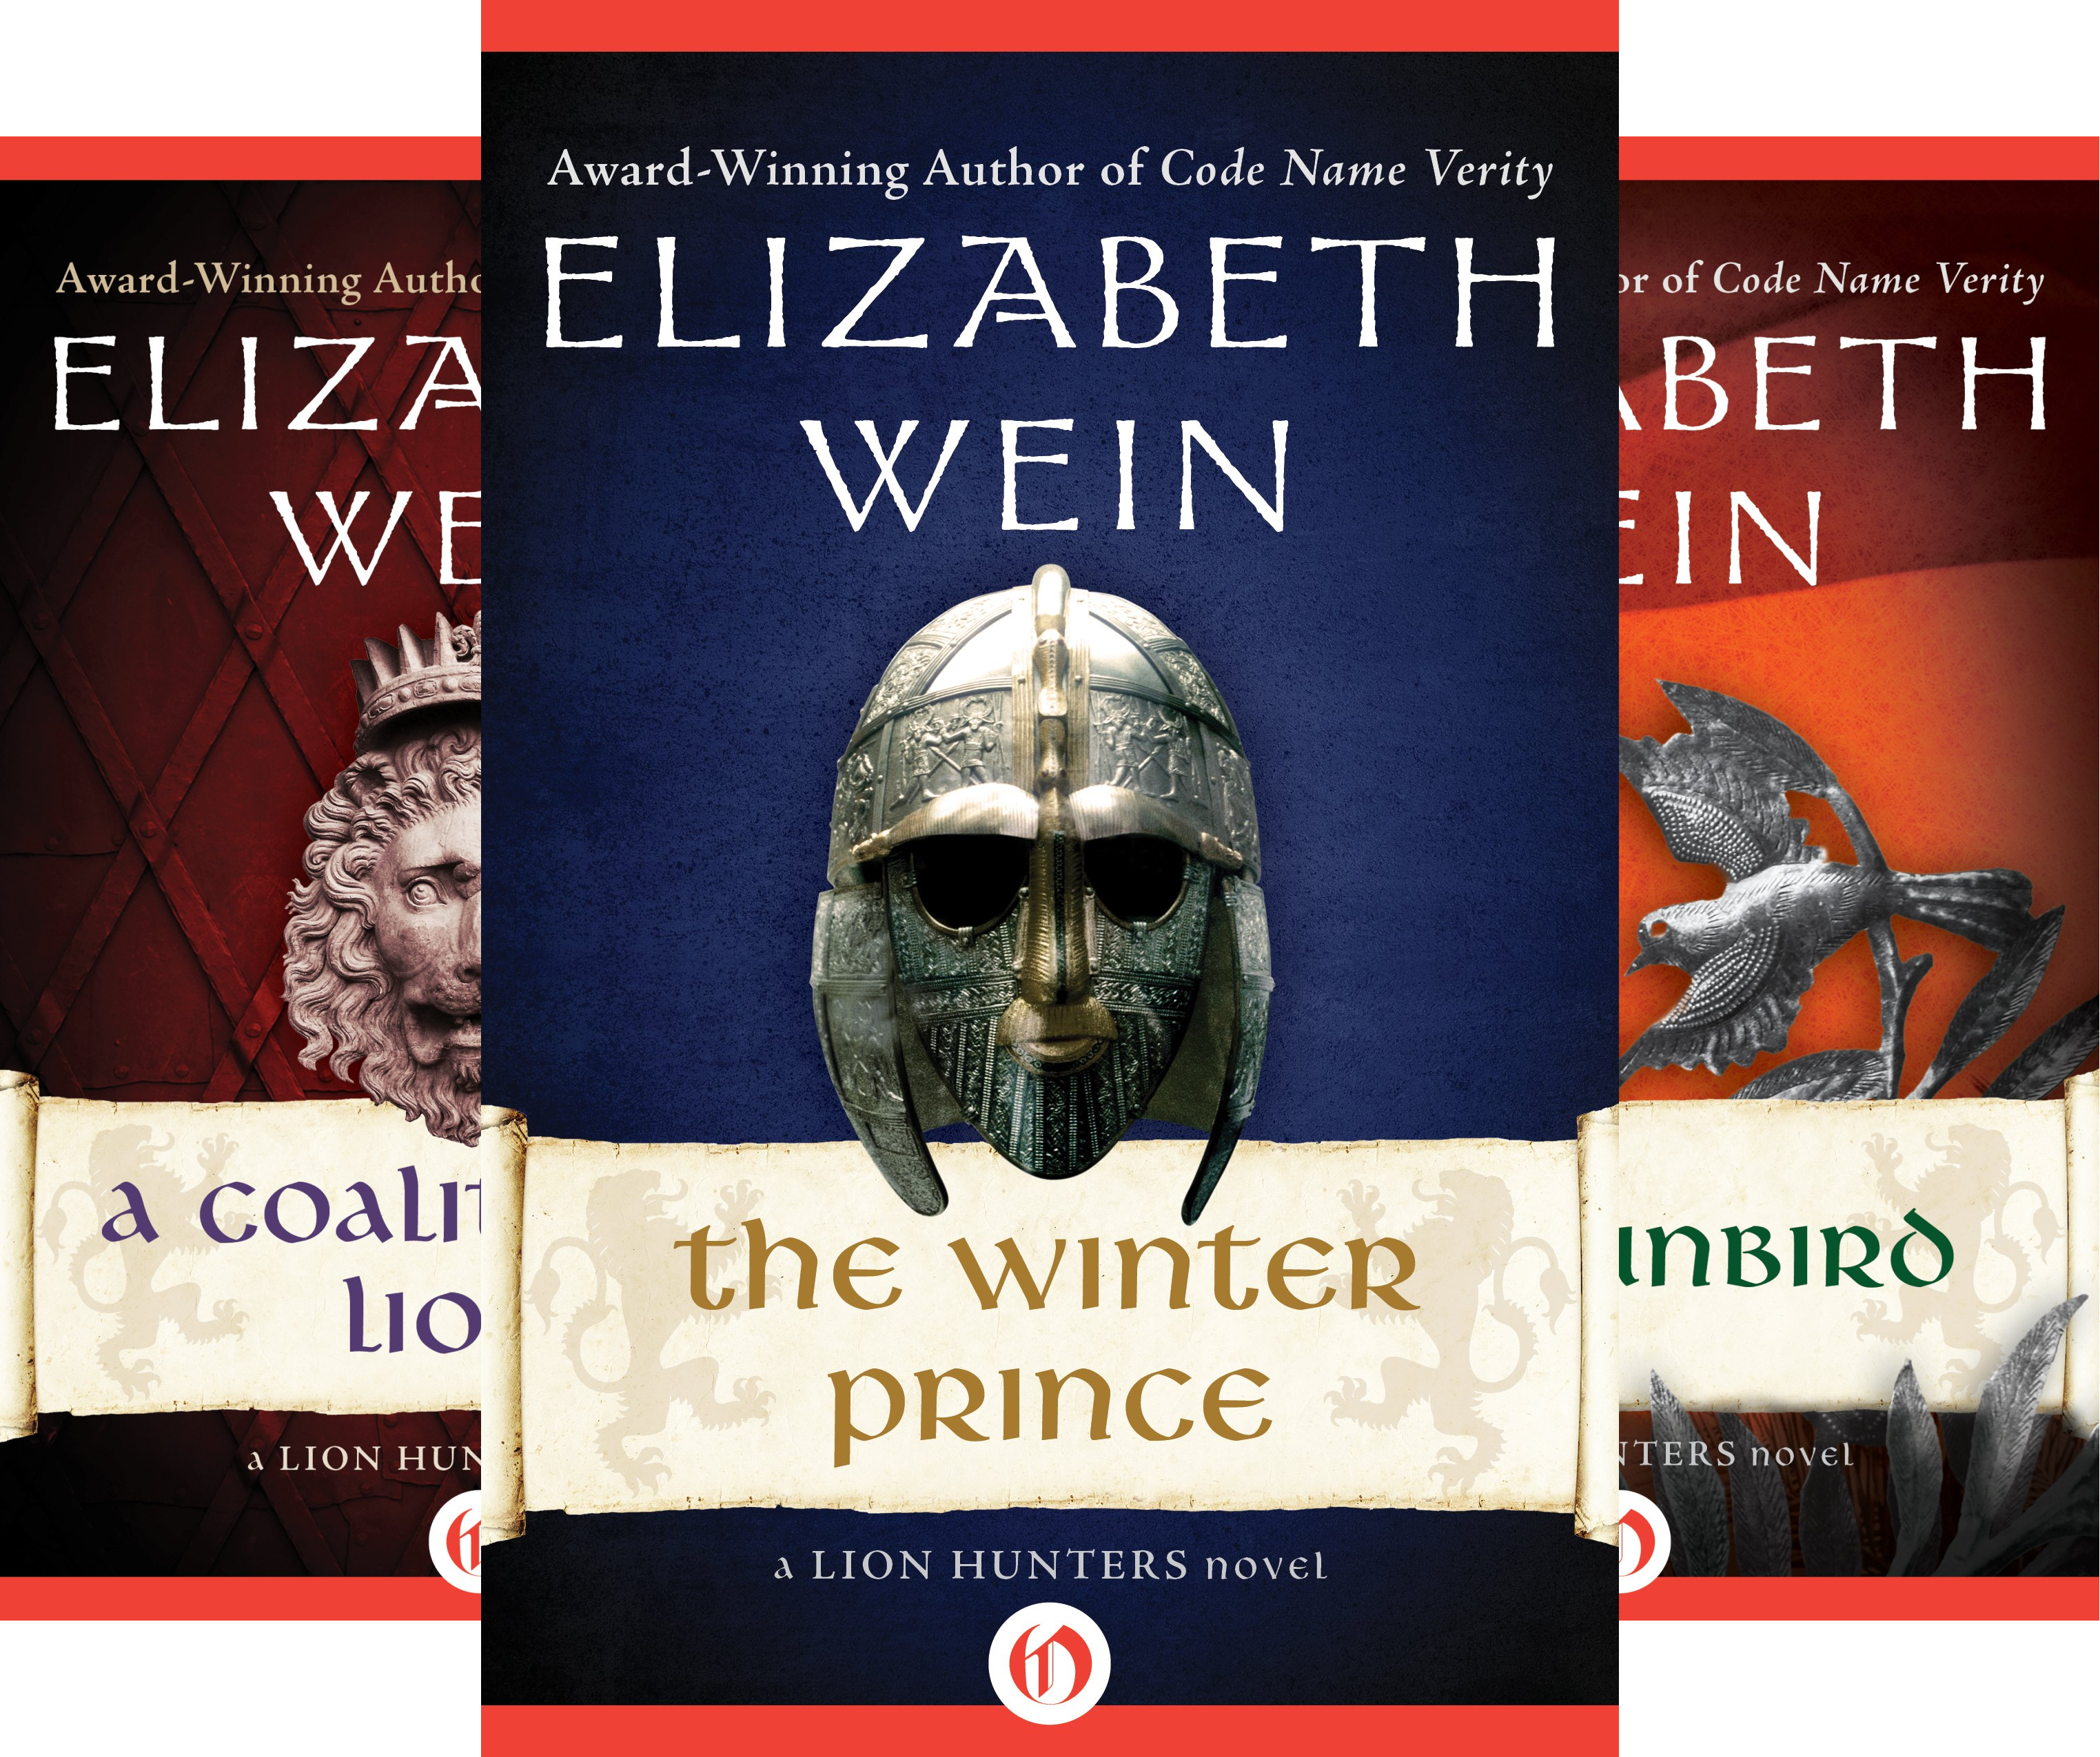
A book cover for The Lion Hunters series (5 Book Series); Elizabeth Wein; Teen & Young Adult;